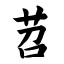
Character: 苕